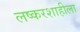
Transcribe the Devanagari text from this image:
लष्करशाहीला